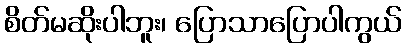
စိတ်မဆိုးပါဘူး၊ ပြောသာပြောပါကွယ်